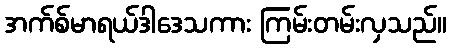
အက်စ်မာရယ်ဒါဒေသကား ကြမ်းတမ်းလှသည်။